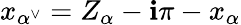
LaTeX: x_{\alpha^{\vee}}=Z_{\alpha}-\mathbf{i}\pi-x_{\alpha}